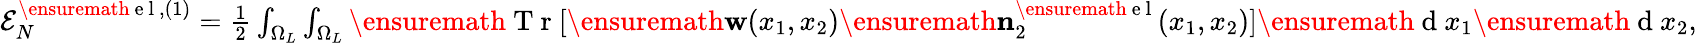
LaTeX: \begin{array}{r}{{\cal E}_{N}^{\ensuremath{\mathrm{~e~l~}},(1)}=\frac{1}{2}\int_{\Omega_{L}}\int_{\Omega_{L}}\ensuremath{\mathrm{~T~r~}}[\ensuremath{\mathbf{w}}(x_{1},x_{2})\ensuremath{\mathbf{n}}_{2}^{\ensuremath{\mathrm{~e~l~}}}(x_{1},x_{2})]\ensuremath{\mathrm{~d~}}x_{1}\ensuremath{\mathrm{~d~}}x_{2},}\end{array}